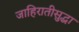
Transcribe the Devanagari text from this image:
जाहिरातीसुद्धा